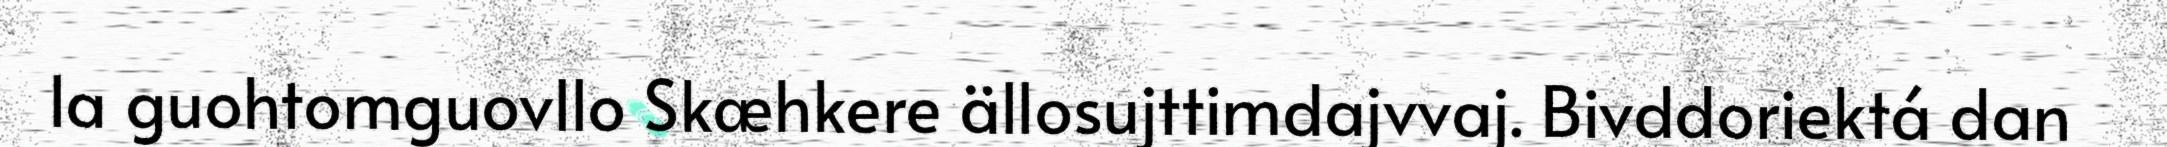
la guohtomguovllo Skæhkere ällosujttimdajvvaj. Bivddoriektá dan